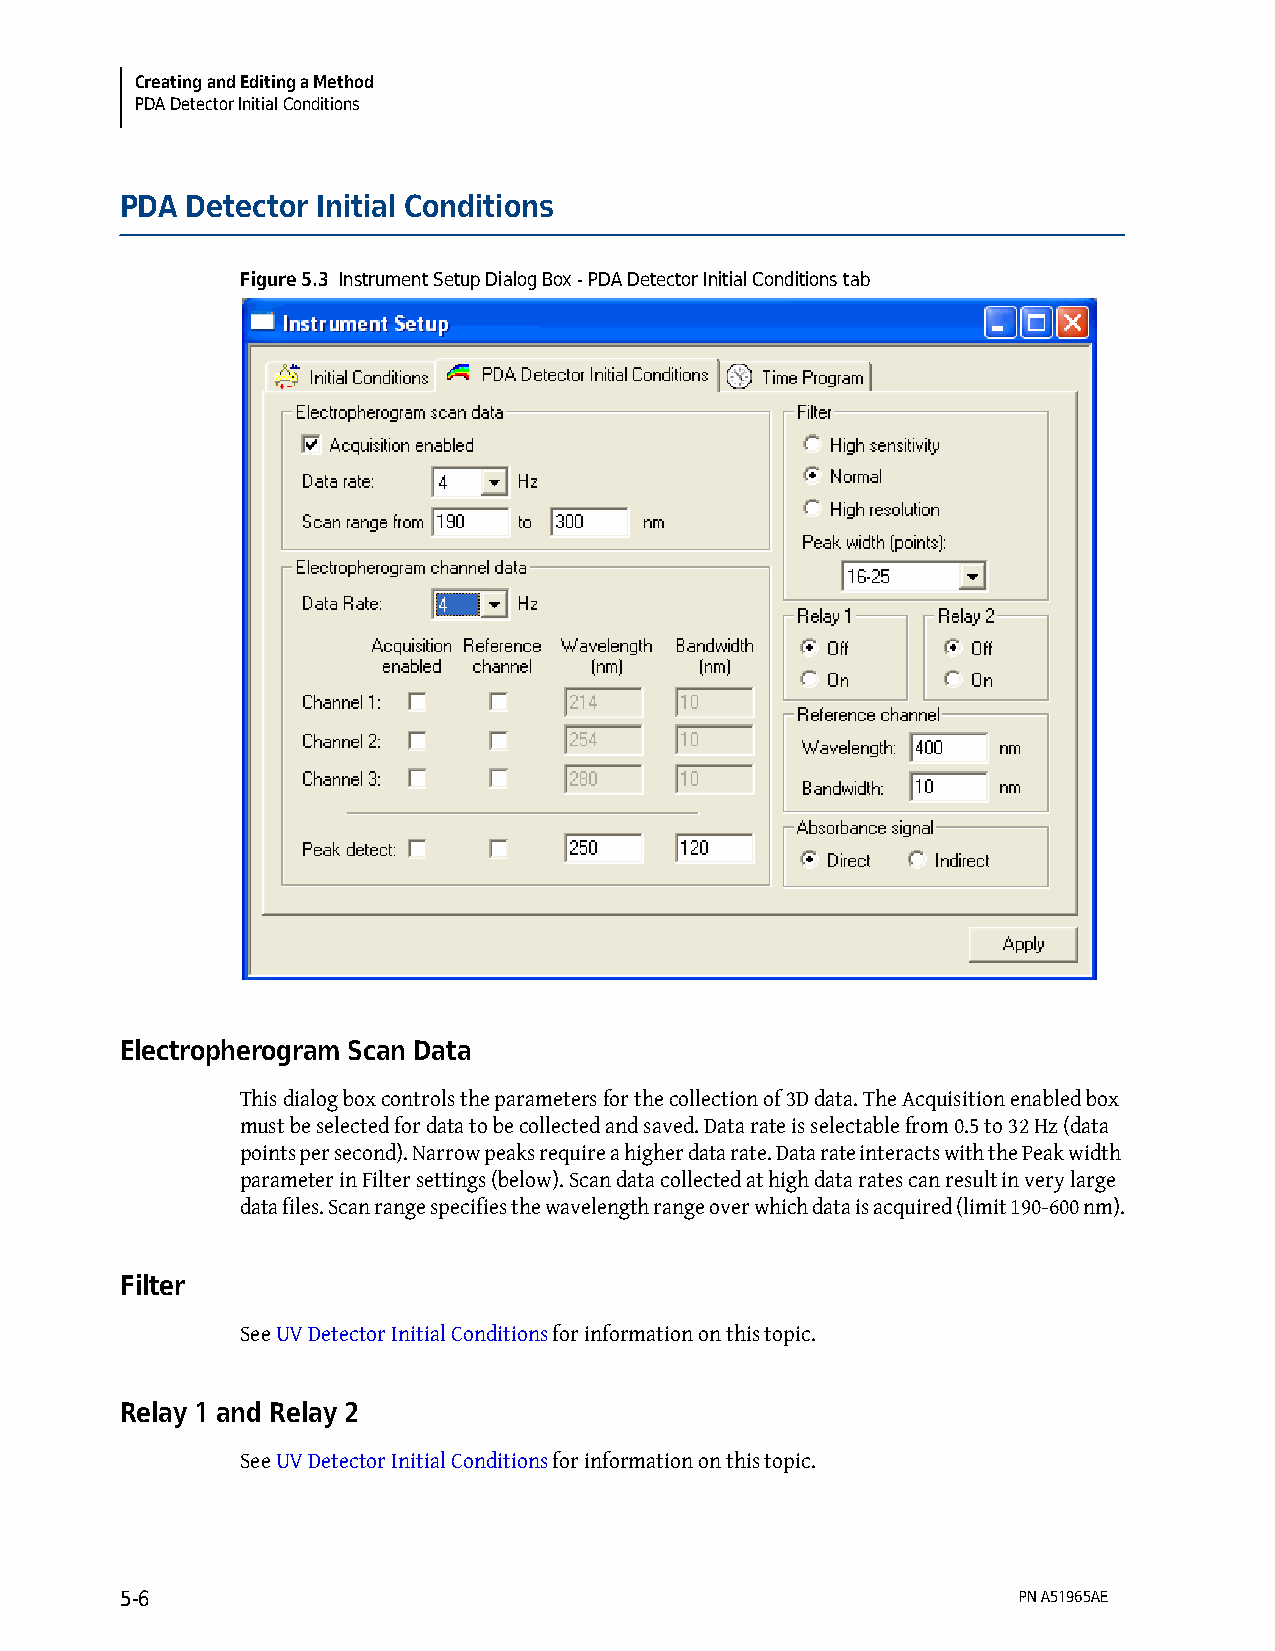
Creating and Editing a Method
 PDA Detector Initial Conditions
 PDA Detector Initial Conditions
 Figure 5.3 Instrument Setup Dialog Box - PDA Detector Initial Conditions tab
 Electropherogram Scan Data
 This dialog box controls the parameters for the collection of 3D data. The Acquisition enabled box
 must be selected for data to be collected and saved. Data rate is selectable from 0.5 to 32 Hz (data
 points per second). Narrow peaks require a higher data rate. Data rate interacts with the Peak width
 parameter in Filter settings (below). Scan data collected at high data rates can result in very large
 data files. Scan range specifies the wavelength range over which data is acquired (limit 190-600 nm).
 Filter
 See UV Detector Initial Conditions for information on this topic.
 Relay 1 and Relay 2
 See UV Detector Initial Conditions for information on this topic.
 5-6                                                        PN A51965AE